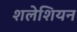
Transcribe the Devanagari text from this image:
शलेशियन